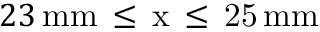
2 3 \, \mathrm { { m m } \, \leq \, x \, \leq \, 2 5 \, \mathrm { { m m } } }